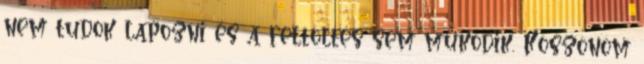
nem tudok lapozni és a feltöltés sem működik. Köszönöm